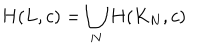
H ( L , c ) = \bigcup _ { N } H ( K _ { N } , c )